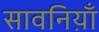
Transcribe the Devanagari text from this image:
सावनिय़ाँ